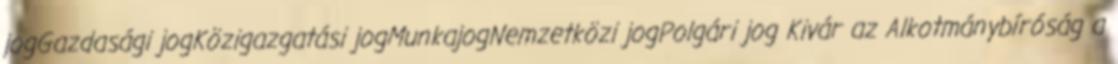
jogGazdasági jogKözigazgatási jogMunkajogNemzetközi jogPolgári jog Kivár az Alkotmánybíróság a